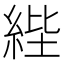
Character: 𦀘